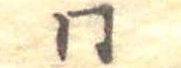
同